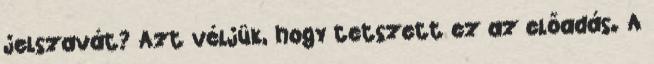
jelszavát? Azt véljük, hogy tetszett ez az előadás. A